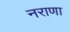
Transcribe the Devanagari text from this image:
नराणा